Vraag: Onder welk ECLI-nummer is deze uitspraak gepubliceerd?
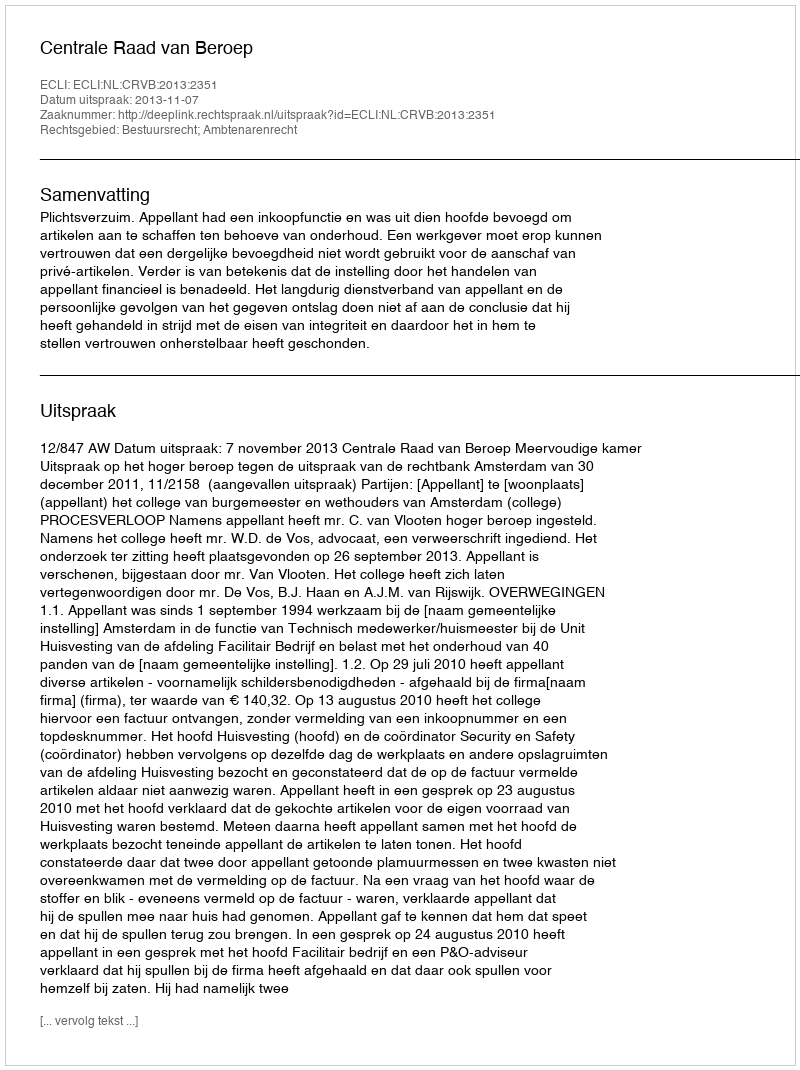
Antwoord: ECLI:NL:CRVB:2013:2351